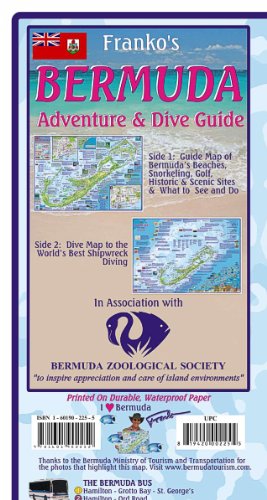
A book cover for Bermuda 1:37,700 Holiday Map with St.George's & Hamilton street plans FRANKO, 2011 edition; Franko; Travel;